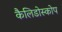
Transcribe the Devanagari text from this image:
कैलिडोस्कोप